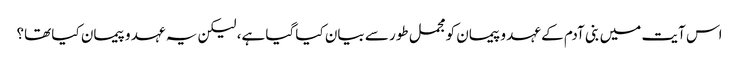
اس آیت میں بنی آدم کے عہد و پیمان کو مجمل طور سے بیان کیا گیا ہے، لیکن یہ عہد و پیمان کیا تھا؟